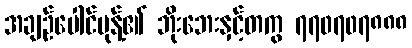
အချဉ်ပေါင်မုန့်၏ ဘိုးဘေးနှင့်တကွ ၇၇၀၇၀၇၈၈၈